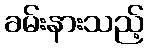
ခမ်းနားသည့်